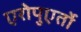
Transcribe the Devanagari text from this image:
एरोपुएर्तो